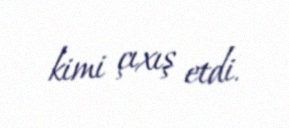
kimi çıxış etdi.